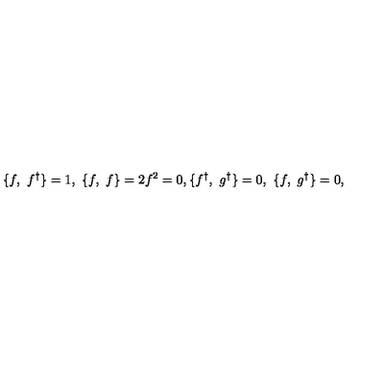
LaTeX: \{ f , \ f ^ { \dagger } \} = 1 , \ \{ f , \ f \} = 2 f ^ { 2 } = 0 , \{ f ^ { \dagger } , \ g ^ { \dagger } \} = 0 , \ \{ f , \ g ^ { \dagger } \} = 0 ,